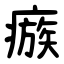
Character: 瘯